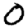
Digit: 0